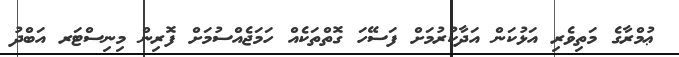
ޢުމްރާގެ މަތިވެރި އަޅުކަން އަދާކުރުމަށް ފަސޭހަ ގޮތްތަކެއް ހަމަޖެއްސުމަށް ފޮރިން މިނިސްޓަރ އަބްދު